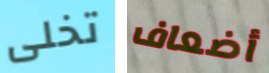
تخلى أضعاف